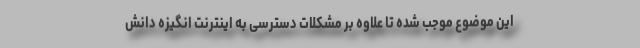
این موضوع موجب شده تا علاوه بر مشکلات دسترسی به اینترنت انگیزه دانش